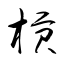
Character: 槓